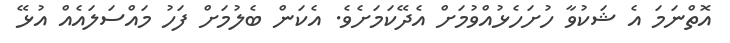
އޮތްނަމަ އެ ޝަކުވާ ހުށަހެޅުއްވުމަށް އެދޭކަމަށެވެ. އެކަން ބެލުމަށް ފަހު މައްސަލައެއް އުޅޭ